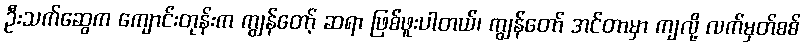
ဦးသက်ဆွေက ကျောင်းတုန်းက ကျွန်တော့် ဆရာ ဖြစ်ဖူးပါတယ်၊ ကျွန်တော် အင်တာမှာ ကျလို့ လက်မှတ်စစ်